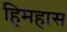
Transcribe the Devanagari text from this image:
हिमहास